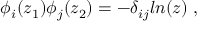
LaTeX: \phi _ { i } ( z _ { 1 } ) \phi _ { j } ( z _ { 2 } ) = - \delta _ { i j } l n ( z ) \; ,